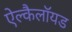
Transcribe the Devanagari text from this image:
ऐल्कैलॉयड